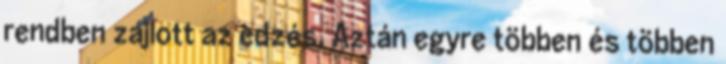
rendben zajlott az edzés. Aztán egyre többen és többen